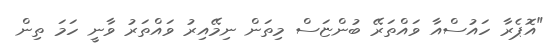
"އޮޕެރާ ހައުސްއާ ވައްތަރޭ ބުންޏަސް މިތަން ނިމޭއިރު ވައްތަރު ވާނީ ހަމަ ތިން